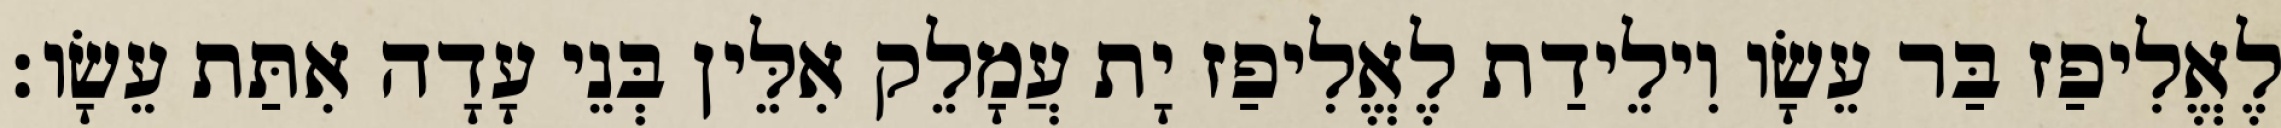
לֶאֱלִיפַז בַּר עֵשָׂו וִילֵידַת לֶאֱלִיפַז יָת עֲמָלֵק אִלֵּין בְּנֵי עָדָה אִתַּת עֵשָׂו׃